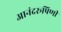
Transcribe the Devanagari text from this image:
आनंदरूपिणी